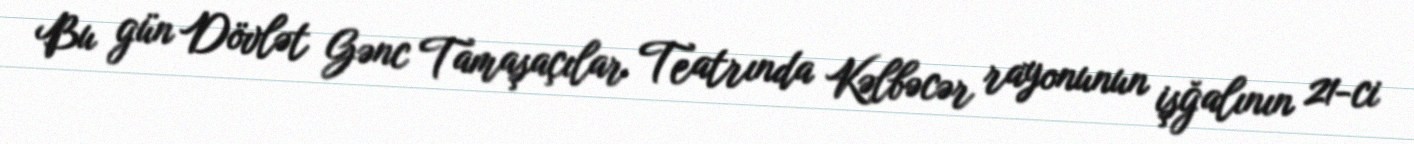
Bu gün Dövlət Gənc Tamaşaçılar Teatrında Kəlbəcər rayonunun işğalının 21-ci